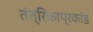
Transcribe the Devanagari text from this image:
तंत्रिकाप्रकांड